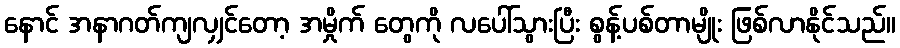
နောင် အနာဂတ်ကျလျှင်တော့ အမှိုက် တွေကို လပေါ်သွားပြီး စွန့်ပစ်တာမျိုး ဖြစ်လာနိုင်သည်။